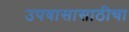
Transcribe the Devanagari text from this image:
उपवासासाठीचा